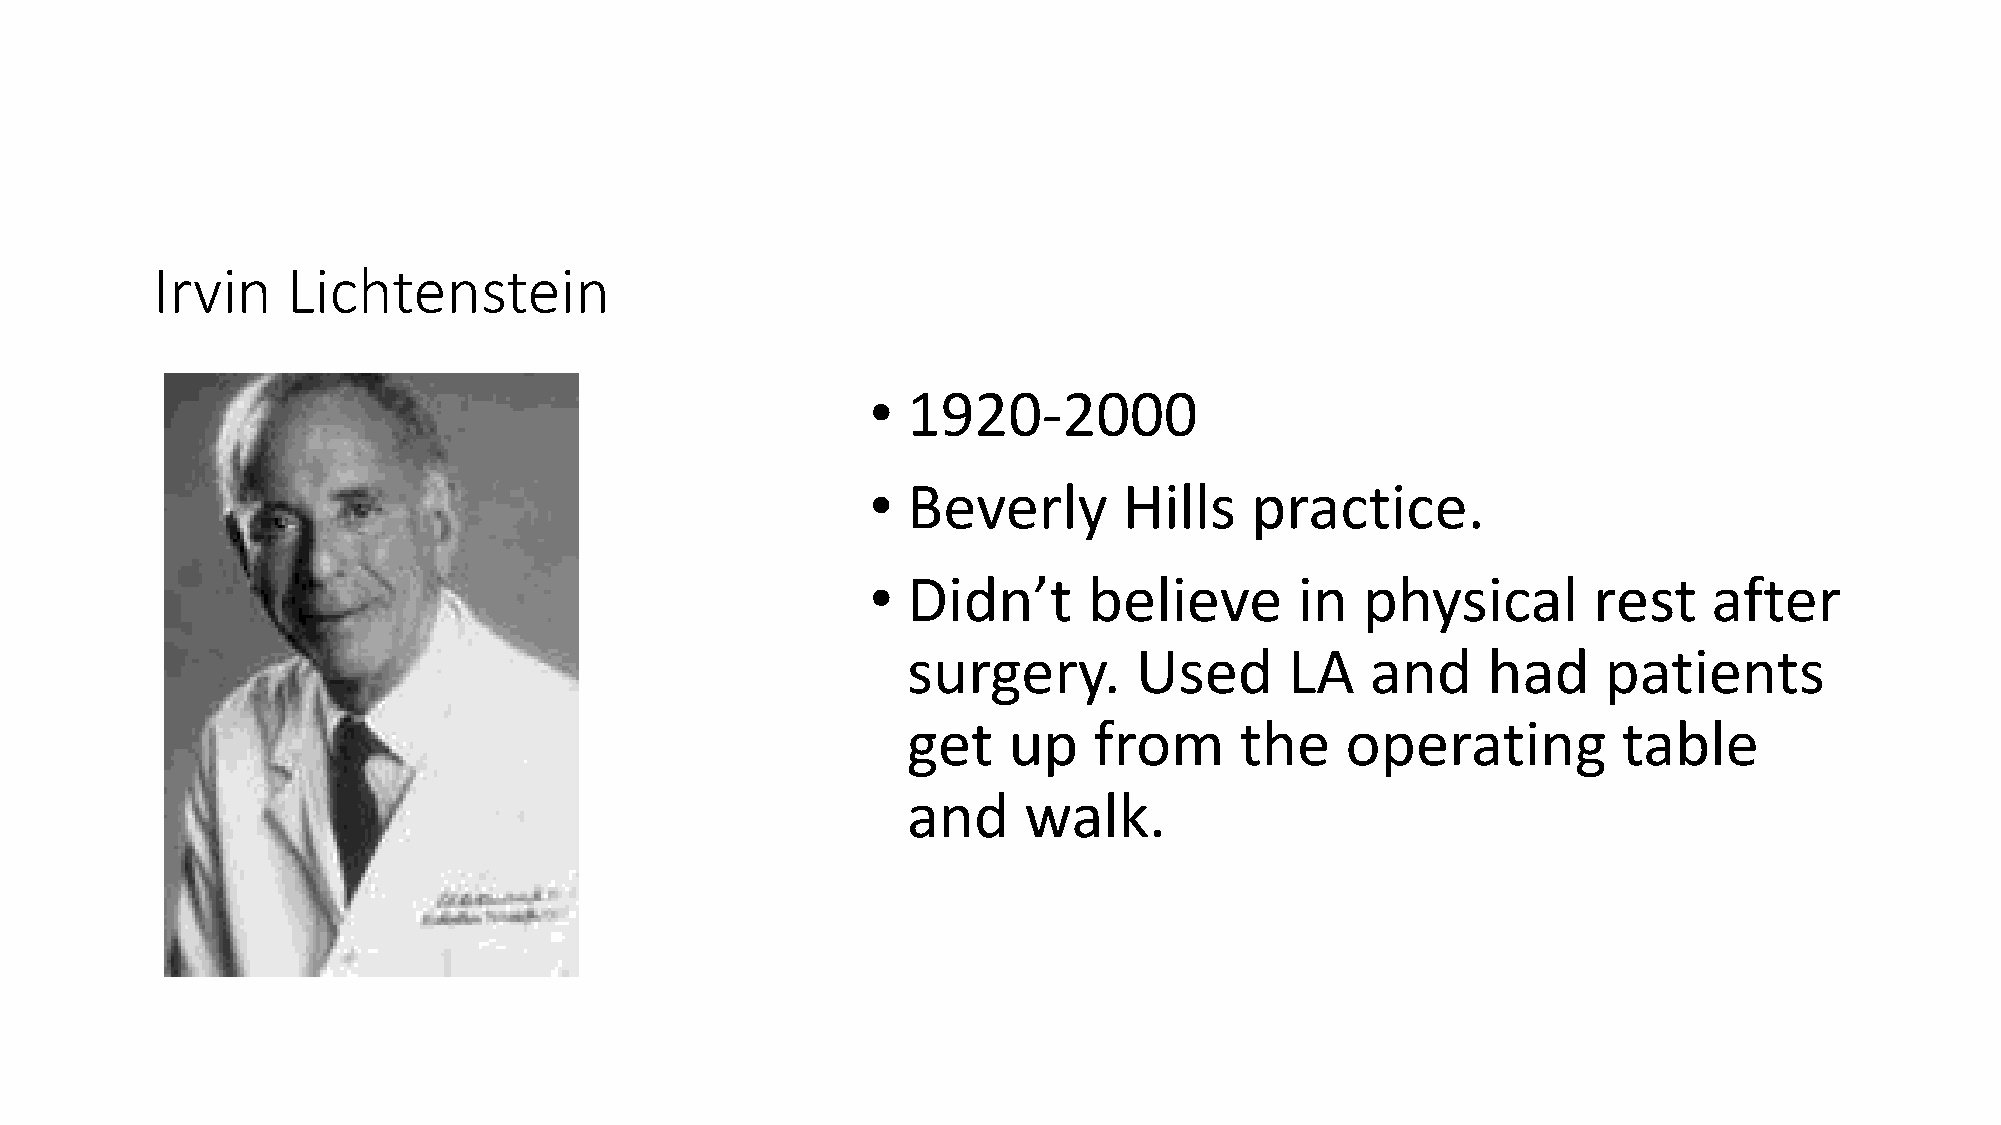
Irvin    Lichtenstein
 • 1920-2000
 • Beverly       Hills    practice.
 • Didn’t      believe       in  physical       rest    after
 surgery.       Used      LA    and    had     patients
 get    up   from      the    operating         table
 and     walk.